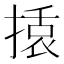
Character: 𭡿